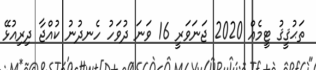
ތަޙުޤީޤު ޓީމެއް 2020 ޖަނަވަރީ 16 ވަނަ ދުވަހު ހެނދުނު ކުއްޖާ ދިރިއުޅޭ